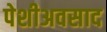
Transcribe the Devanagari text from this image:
पेशीअवसाद